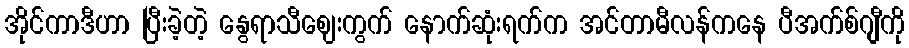
အိုင်ကာဒီဟာ ပြီးခဲ့တဲ့ နွေရာသီဈေးကွက် နောက်ဆုံးရက်က အင်တာမီလန်ကနေ ပီအက်စ်ဂျီကို